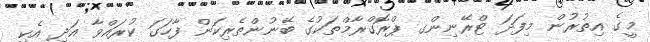
މީގެ އިތުރުން މިފަދަ ޓްރޭނިންގ ޕްރޮގްރާމްތަކުގެ ބޭނުންތެރިކަން ފާހަގަ ކުރައްވާ އަދި އެކި